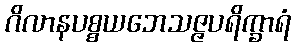
ဂိလာနပစ္စယဘေသဇ္ဇပရိက္ခာရံ